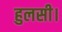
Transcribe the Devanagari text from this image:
हुलसी।